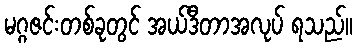
မဂ္ဂဇင်းတစ်ခုတွင် အယ်ဒီတာအလုပ် ရသည်။